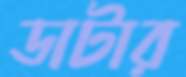
ডাটার